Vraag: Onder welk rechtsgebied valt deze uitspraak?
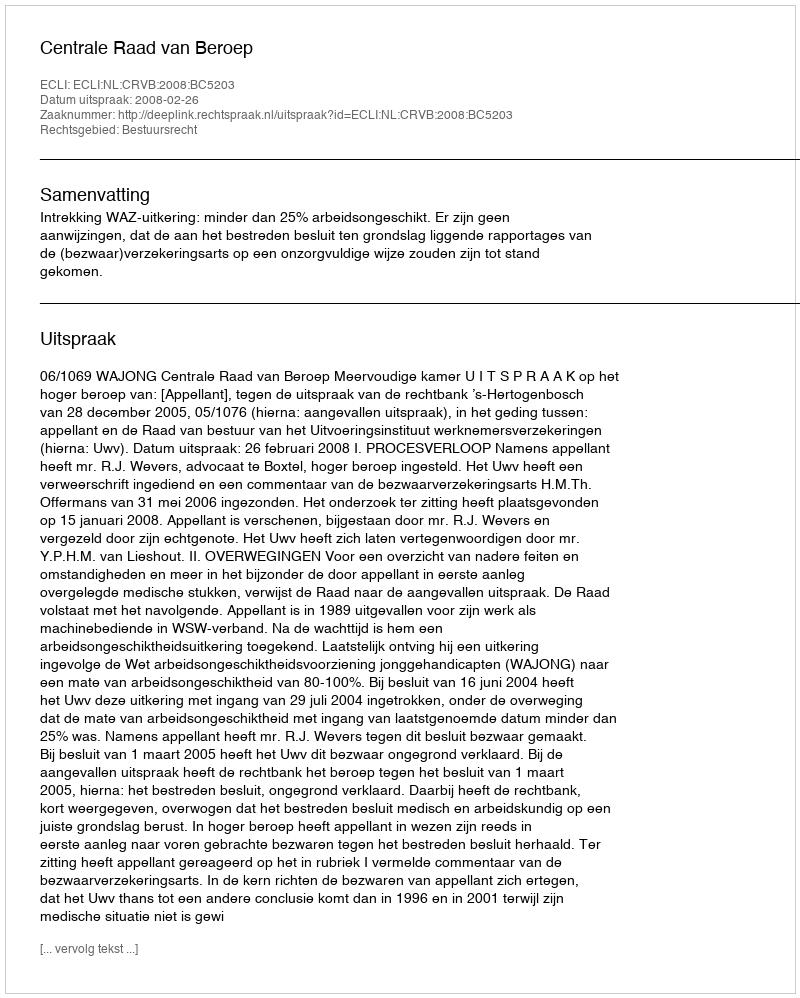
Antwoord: Bestuursrecht